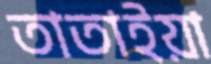
তাতাইয়া